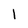
Character: 1